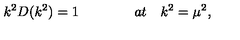
k ^ { 2 } D ( k ^ { 2 } ) = 1 \qquad \qquad a t \quad k ^ { 2 } = { \mu } ^ { 2 } ,